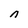
Character: n